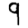
Digit: 9